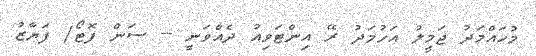
މުހައްމަދު ޖަމީލު އަހުމަދު ރޭ އިންޓަވިއު ދެއްވަނީ -- ސަން ފޮޓޯ/ ފަޔާޒު